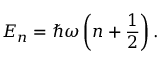
E _ { n } = \hbar \omega \left( n + \frac { 1 } { 2 } \right) .